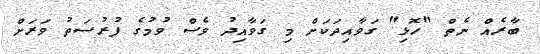
ބާރެއް ނެތް "ހޮޅި" ގަވާއިދަކަށް މި ގަވާއިދު ވެސް ވުމުގެ ފުރުސަތު ވަރަށް